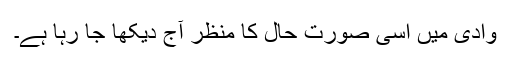
وادی میں اسی صورت حال کا منظر آج دیکھا جا رہا ہے۔